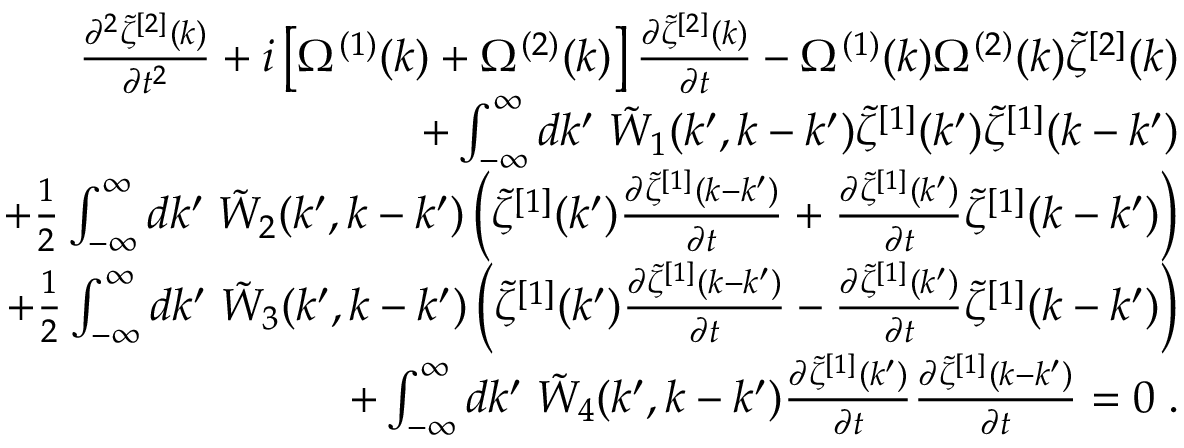
\begin{array} { r l r } & { } & { \frac { \partial ^ { 2 } \tilde { \zeta } ^ { [ 2 ] } ( k ) } { \partial t ^ { 2 } } + i \left[ \Omega ^ { ( 1 ) } ( k ) + \Omega ^ { ( 2 ) } ( k ) \right] \frac { \partial \tilde { \zeta } ^ { [ 2 ] } ( k ) } { \partial t } - \Omega ^ { ( 1 ) } ( k ) \Omega ^ { ( 2 ) } ( k ) \tilde { \zeta } ^ { [ 2 ] } ( k ) } \\ & { } & { + \int _ { - \infty } ^ { \infty } d k ^ { \prime } \; \tilde { W } _ { 1 } ( k ^ { \prime } , k - k ^ { \prime } ) \tilde { \zeta } ^ { [ 1 ] } ( k ^ { \prime } ) \tilde { \zeta } ^ { [ 1 ] } ( k - k ^ { \prime } ) } \\ & { } & { + \frac { 1 } { 2 } \int _ { - \infty } ^ { \infty } d k ^ { \prime } \; \tilde { W } _ { 2 } ( k ^ { \prime } , k - k ^ { \prime } ) \left( \tilde { \zeta } ^ { [ 1 ] } ( k ^ { \prime } ) \frac { \partial \tilde { \zeta } ^ { [ 1 ] } ( k - k ^ { \prime } ) } { \partial t } + \frac { \partial \tilde { \zeta } ^ { [ 1 ] } ( k ^ { \prime } ) } { \partial t } \tilde { \zeta } ^ { [ 1 ] } ( k - k ^ { \prime } ) \right) } \\ & { } & { + \frac { 1 } { 2 } \int _ { - \infty } ^ { \infty } d k ^ { \prime } \; \tilde { W } _ { 3 } ( k ^ { \prime } , k - k ^ { \prime } ) \left( \tilde { \zeta } ^ { [ 1 ] } ( k ^ { \prime } ) \frac { \partial \tilde { \zeta } ^ { [ 1 ] } ( k - k ^ { \prime } ) } { \partial t } - \frac { \partial \tilde { \zeta } ^ { [ 1 ] } ( k ^ { \prime } ) } { \partial t } \tilde { \zeta } ^ { [ 1 ] } ( k - k ^ { \prime } ) \right) } \\ & { } & { + \int _ { - \infty } ^ { \infty } d k ^ { \prime } \; \tilde { W } _ { 4 } ( k ^ { \prime } , k - k ^ { \prime } ) \frac { \partial \tilde { \zeta } ^ { [ 1 ] } ( k ^ { \prime } ) } { \partial t } \frac { \partial \tilde { \zeta } ^ { [ 1 ] } ( k - k ^ { \prime } ) } { \partial t } = 0 \; . } \end{array}